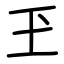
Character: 玊